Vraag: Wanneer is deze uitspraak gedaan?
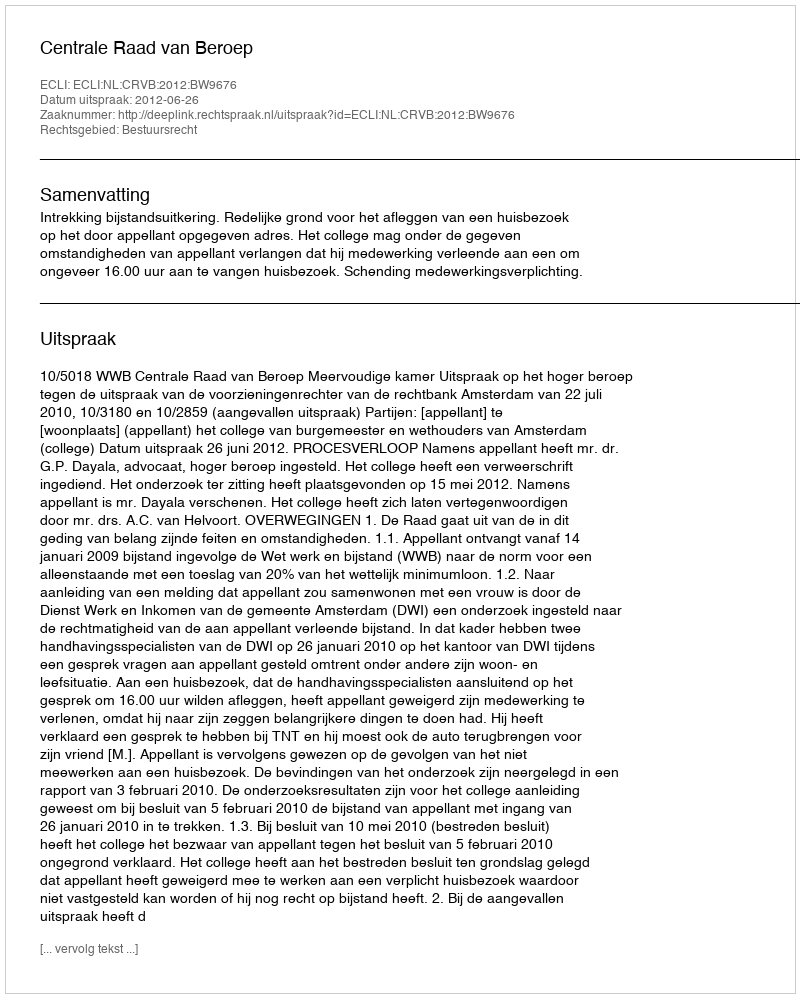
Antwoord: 2012-06-26